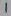
Text: 1